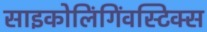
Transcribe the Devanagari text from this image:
साइकोलिंगिंवस्टिक्स